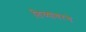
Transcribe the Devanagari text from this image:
तिच्यावरचे